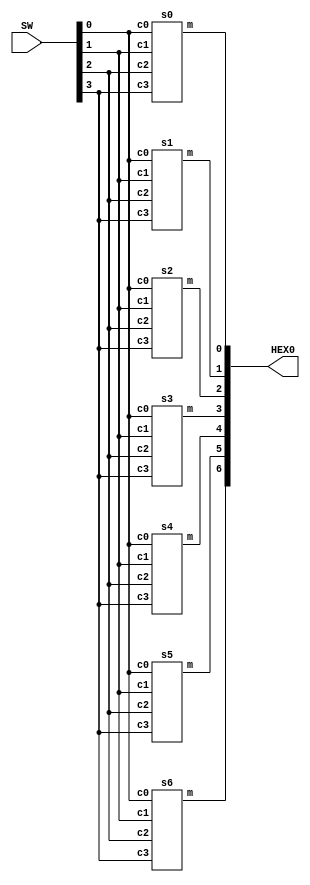

`timescale 1ns / 1ns // `timescale time_unit/time_precision

module hex_decoder(SW, HEX0);
	input [3:0]SW;
	output[6:0]HEX0;
	
	s0 u0(
		.c0(SW[0]),
		.c1(SW[1]),
		.c2(SW[2]),
		.c3(SW[3]),
		.m(HEX0[0])
	);
	
	s1 u1(
		.c0(SW[0]),
		.c1(SW[1]),
		.c2(SW[2]),
		.c3(SW[3]),
		.m(HEX0[1])
	);
	
	s2 u2(
		.c0(SW[0]),
		.c1(SW[1]),
		.c2(SW[2]),
		.c3(SW[3]),
		.m(HEX0[2])
	);
	
	s3 u3(
		.c0(SW[0]),
		.c1(SW[1]),
		.c2(SW[2]),
		.c3(SW[3]),
		.m(HEX0[3])
	);
	
	s4 u4(
		.c0(SW[0]),
		.c1(SW[1]),
		.c2(SW[2]),
		.c3(SW[3]),
		.m(HEX0[4])
	);
	
	s5 u5(
		.c0(SW[0]),
		.c1(SW[1]),
		.c2(SW[2]),
		.c3(SW[3]),
		.m(HEX0[5])
	);
	
	s6 u6(
		.c0(SW[0]),
		.c1(SW[1]),
		.c2(SW[2]),
		.c3(SW[3]),
		.m(HEX0[6])
	);
endmodule

module s6(c0, c1, c2, c3, m);
	input c0, c1, c2, c3;
	output m;
	assign m = ~((~c3 | ~c2 | c1 | c0) & (c3 | ~c2 | ~c1 | ~c0) & (c3 | c2 | c1 | ~c0) & (c3 | c2 | c1 | c0));
endmodule

module s5(c0, c1, c2, c3, m);
	input c0, c1, c2, c3;
	output m;
	assign m = ~((~c3 | ~c2 | c1 | ~c0) & (c3 | ~c2 | ~c1 | ~c0) & (c3 | c2 | ~c1 | ~c0) & (c3 | c2 | ~c1 | c0) & (c3 | c2 | c1 | ~c0));
endmodule

module s4(c0, c1, c2, c3, m);
	input c0, c1, c2, c3;
	output m;
	assign m = ~((c3 | c2 | ~c1 | ~c0) & (~c3 | c2 | c1 | ~c0) & (c3 | ~c2 | ~c1 | ~c0) & (c3 | ~c2 | c1 | ~c0) & (c3 |~c2 | c1 | c0) & (c3 | ~c2 | ~c1 | ~c0) & (c3 | c2 | c1 | ~c0));
endmodule

module s3(c0, c1, c2, c3, m);
	input c0, c1, c2, c3;
	output m;
	assign m = ~((~c3 | ~c2 | ~c1 | ~c0) & (~c3 | c2 | ~c1 | c0) & (c3 | ~c2 | ~c1 | ~c0) & (c3 | ~c2 | c1 | c0) & (c3 | c2 | c1 | ~c0));
endmodule

module s2(c0, c1, c2, c3, m);
	input c0, c1, c2, c3;
	output m;
	assign m = ~((~c3 | ~c2 | ~c1 | ~c0) & (~c3 | ~c2 | ~c1 | c0) & (~c3 | ~c2 | c1 | c0) & (c3 | c2 | ~c1 | c0));
endmodule

module s1(c0, c1, c2, c3, m);
	input c0, c1, c2, c3;
	output m;
	assign m = ~((~c3 | ~c2 | ~c1 | ~c0) & (~c3 |~ c2 | ~c1 | c0) & (~c3 | ~c2 | c1 | c0) & (~c3 | c2 | ~c1 | ~c0) &  (c3 | ~c2 | ~c1 | c0) & (c3 | ~c2 | c1 | ~c0));
endmodule

module s0(c0, c1, c2, c3, m);
	input c0, c1, c2, c3;
	output m;
	assign m = ~((~c3 | ~c2 | c1 | ~c0) & (~c3 | c2 | ~c1 | ~c0) & (c3 | ~c2 | c1 | c0) & (c3 | c2 | c1 | ~c0));
endmodule